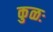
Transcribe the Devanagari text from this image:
कुळः